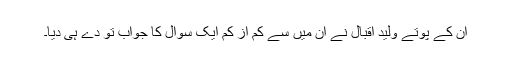
ان کے پوتے وليد اقبال نے ان میں سے کم از کم ایک سوال کا جواب تو دے ہی دیا۔